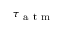
\tau _ { \mathrm { ~ a ~ t ~ m ~ } }